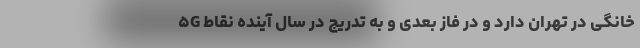
۵G خانگی در تهران دارد و در فاز بعدی و به تدریج در سال آینده نقاط